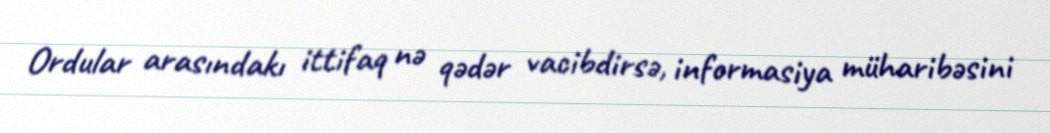
Ordular arasındakı ittifaq nə qədər vacibdirsə, informasiya müharibəsini